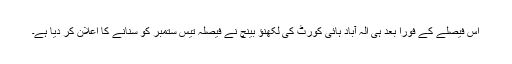
اس فیصلے کے فورا بعد ہی الہ آباد ہائی کورٹ کی لکھنؤ بینچ نے فیصلہ تیس ستمبر کو سنانے کا اعلان کر دیا ہے۔